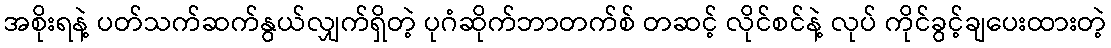
အစိုးရနဲ့ ပတ်သက်ဆက်နွယ်လျှက်ရှိတဲ့ ပုဂံဆိုက်ဘာတက်စ် တဆင့် လိုင်စင်နဲ့ လုပ် ကိုင်ခွင့်ချပေးထားတဲ့